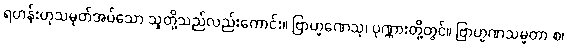
ရဟန်းဟုသမုတ်အပ်သော သူတို့သည်လည်းကောင်း။ ဗြာဟ္မဏေသု၊ ပုဏ္ဏားတို့တွင်။ ဗြာဟ္မဏသမ္မတာ စ၊